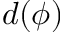
d ( \phi )